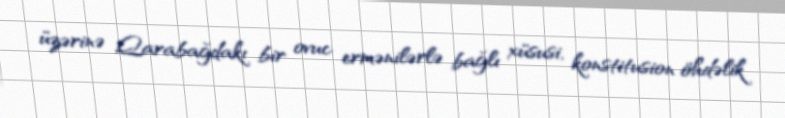
üzərinə Qarabağdakı bir ovuc ermənilərlə bağlı xüsusi, konstitusion öhdəlik